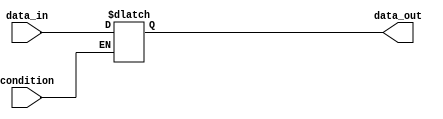
module while_loop (
    input wire condition,
    input wire [7:0] data_in,
    output reg [7:0] data_out
);

always @* begin
    if (condition) begin
        data_out = data_in;
    end
end

endmodule